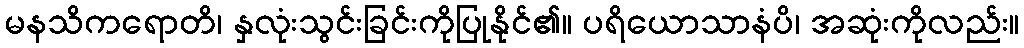
မနသိကရောတိ၊ နှလုံးသွင်းခြင်းကိုပြုနိုင်၏။ ပရိယောသာနံပိ၊ အဆုံးကိုလည်း။